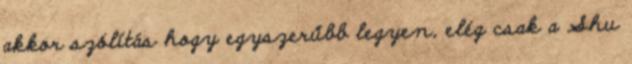
akkor szólítás hogy egyszerűbb legyen, elég csak a Shu